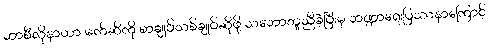
ဘာစီလိုနာဟာ မက်ဆီကို စာချုပ်သစ်ချုပ်ဆိုဖို့ သဘောတူညီခဲ့ပြီးမှ ဘဏ္ဍာရေးပြဿနာကြောင့်